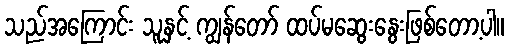
သည်အကြောင်း သူနှင့် ကျွန်တော် ထပ်မဆွေးနွေးဖြစ်တော့ပါ။